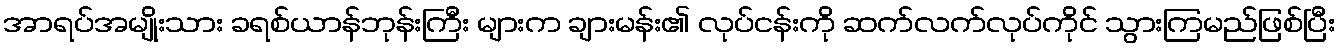
အာရပ်အမျိုးသား ခရစ်ယာန်ဘုန်းကြီး များက ချားမန်း၏ လုပ်ငန်းကို ဆက်လက်လုပ်ကိုင် သွားကြမည်ဖြစ်ပြီး